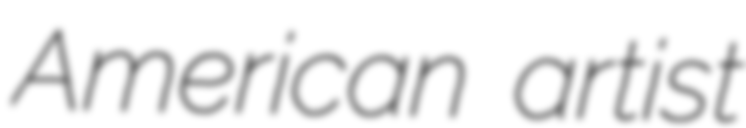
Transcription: American artist